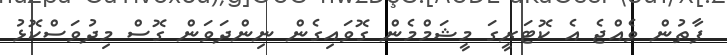
ފާތުން ވެއްޖެ އެ ކޮޓަރީގަ މީޝަމްމެން ގޮވައިގެން ނިންދަވަން ގޮސް މިދުވަސްކޮޅު